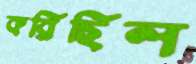
করিছিল